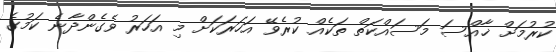
ކުރުމަށް ޚާއްސަ މަސައްކަތް ތަކެއް ކުރެވޭ އަހަރަކަށް މި އަހަރު ވެގެންދާނެ ކަމުގެ